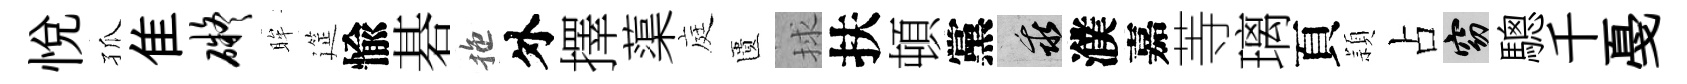
悦孤隹碍眸筵愉碁拖外擇蕖庭匱捄扶頓黨乖濮嘉䓁璃頁頴占窈驄千戞